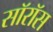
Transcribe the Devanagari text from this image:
सॉरॉस